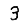
Digit: 3